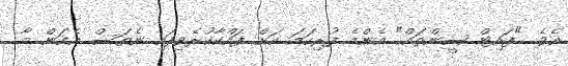
އެވެ. "ފައިޓް ސީންތައް" އެންމެ ފުރިހަމަ އަށް ފައްކާކުރެވިފައި ނެތަސް އެކަން މާ